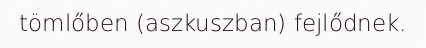
tömlőben (aszkuszban) fejlődnek.